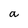
Character: a